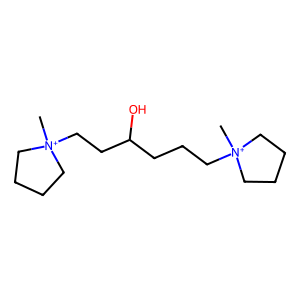
SMILES: C[N+]1(CCCC(O)CC[N+]2(C)CCCC2)CCCC1
Inhibits HIV replication: No